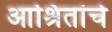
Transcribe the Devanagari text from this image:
आश्रितांचे